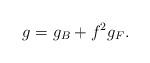
LaTeX: \begin{align*}g=g_{B} +f^{2} g_{F}.\end{align*}